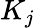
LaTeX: K_{j}